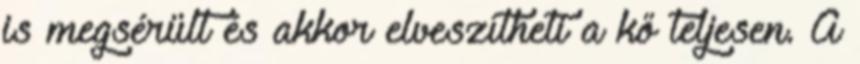
is megsérült és akkor elveszítheti a kő teljesen. A